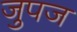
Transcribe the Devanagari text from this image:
जुपज